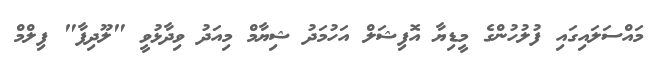
މައްސަލައިގައި ފުލުހުންގެ މީޑިޔާ އޮފިޝަލް އަހުމަދު ޝިޔާމް މިއަދު ވިދާޅުވީ "ލޫދިފާ" ފިލްމް